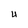
Character: U